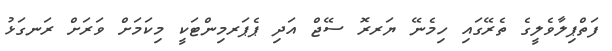
ފަތްޕިލާވެލީގެ ތެރޭގައި ހިމެނޭ ޔަރރޮ ސޭޖް އަދި ޕެޕަރމިންޓަކީ މިކަމަށް ވަރަށް ރަނގަޅު